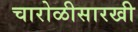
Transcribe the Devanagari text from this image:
चारोळीसारखी